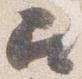
召